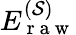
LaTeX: E_{\mathrm{~r~a~w~}}^{(\mathcal{S})}